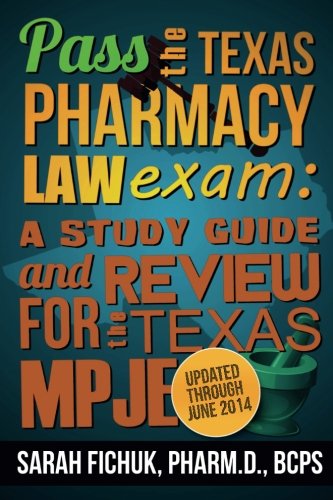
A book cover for Pass the Texas Pharmacy Law Exam:  A Study Guide and Review for the Texas MPJE; Dr. Sarah E Fichuk; Medical Books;